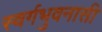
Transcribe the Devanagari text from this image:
स्वर्गभुवनासी